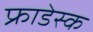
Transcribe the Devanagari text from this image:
फ्राडेस्क